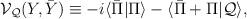
LaTeX: \begin{align*}{\cal V}_{\cal Q}(Y,\bar{Y})\equiv -i\langle \bar{\Pi}|\Pi\rangle -\langle \bar{\Pi}+\Pi|{\cal Q}\rangle,\end{align*}